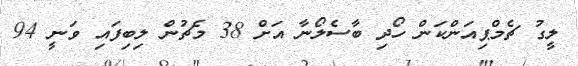
ލީގު ޗެމްޕިއަންކަން ހޯދި ބާސެލޯނާ އަށް 38 މެޗުން ލިބިފައި ވަނީ 94